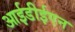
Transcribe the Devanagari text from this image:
आईडीईएन